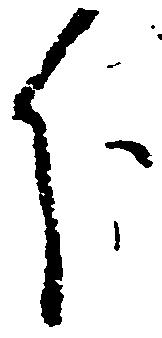
分